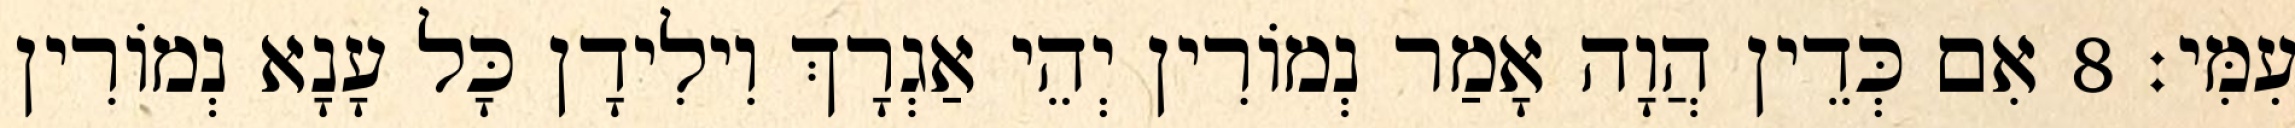
עִמִּי׃ 8 אִם כְּדֵין הֲוָה אָמַר נְמוֹרִין יְהֵי אַגְרָךְ וִילִידָן כָּל עָנָא נְמוֹרִין